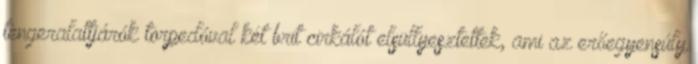
tengeralattjárók torpedóval két brit cirkálót elsüllyesztettek, ami az erőegyensúly